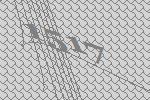
1517